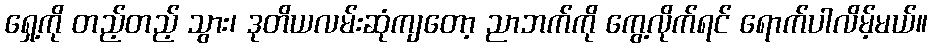
ရှေ့ကို တည့်တည့် သွား၊ ဒုတိယလမ်းဆုံကျတော့ ညာဘက်ကို ကွေ့လိုက်ရင် ရောက်ပါလိမ့်မယ်။